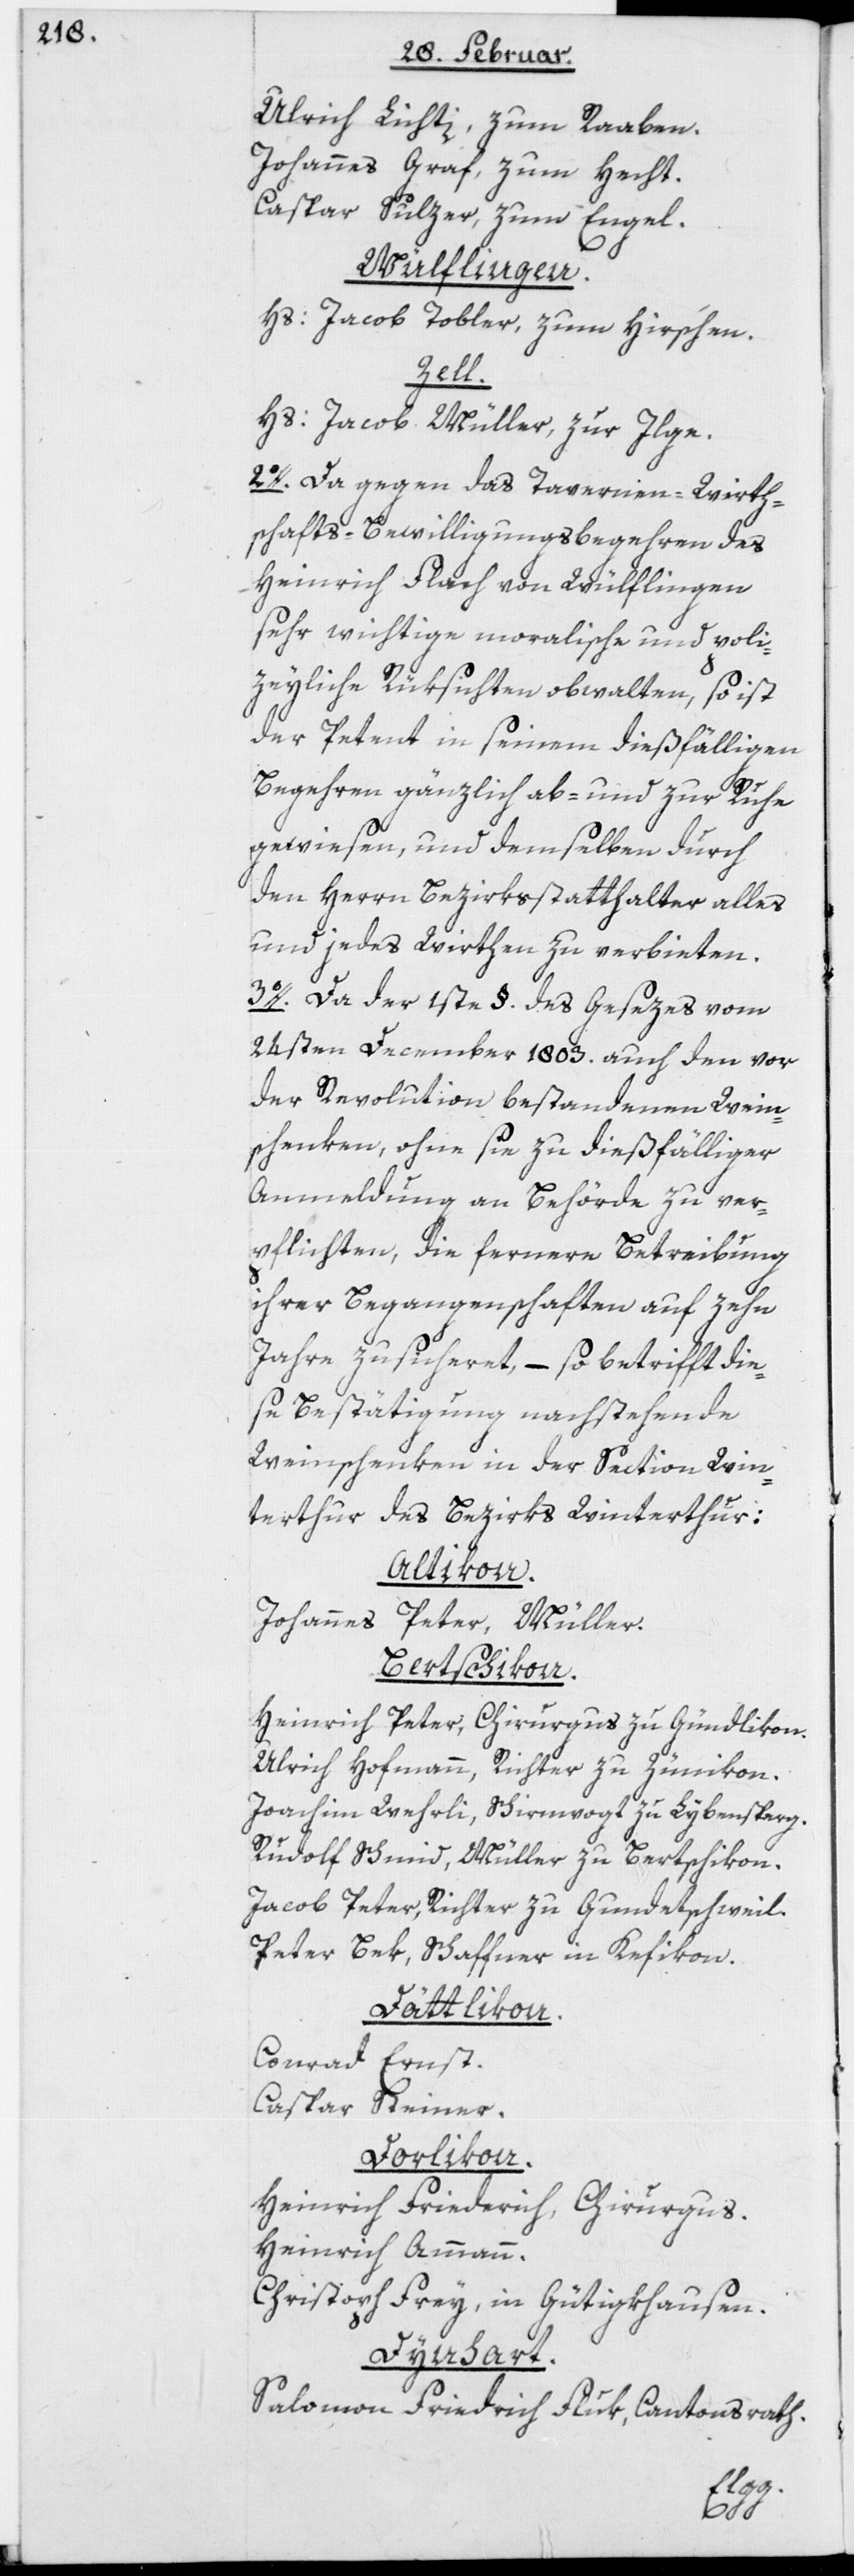
Ulrich Lichti, zum Raaben.
Johannes Graf, zum Hecht.
Caspar Sulzer, zum Engel.
Wülflingen.
Hs: Jacob Tobler, zum Hirschen.
Zell.
Hs: Jacob Müller, zur Ilge.
2o. Da gegen das Tavernen-Wirth¬
schafts-Bewilligungsbegehren des
Heinrich Flach von Wülflingen
sehr wichtige moralische und poli¬
zeyliche Rüksichten obwalten, so ist
der Petent in seinem dießfälligen
Begehren gänzlich ab- und zur Ruhe
gewiesen, und demselben durch
den Herrn Bezirksstatthalter alles
und jedes Wirthen zu verbieten.
3o. Da der 1ste §. des Gesezes vom
24sten December 1803. auch den vor
der Revolution bestandenen Wein¬
schenken, ohne sie zu dießfälliger
Anmeldung an Behörde zu ver¬
pflichten, die fernere Betreibung
ihrer Begangenschaften auf zehn
Jahre zusicheret, – so betrifft die¬
se Bestätigung nachstehende
Weinschenken in der Section Win¬
terthur des Bezirks Winterthur:
Altikon.
Johannes Peter, Müller.
Bertschikon.
Heinrich Peter, Chirurgus zu Gündlikon.
Ulrich Hofmann, Richter zu Zünikon.
Joachim Wehrli, Schirmvogt zu Lybensperg.
Rudolf Schmid, Müller zu Bertschikon.
Jacob Peter, Richter zu Gundetschweil.
Peter Bek, Schaffner in Kefikon.
Dättlikon.
Conrad Ernst.
Caspar Steiner.
Dorlikon.
Heinrich Friederich, Chirurgus.
Heinrich Ammann.
Christoph Frey, in Gütigkhausen.
Dynhart.
Salomon Friedrich Fluk, Cantonsrath.